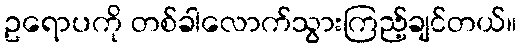
ဥရောပကို တစ်ခါလောက်သွားကြည့်ချင်တယ်။